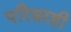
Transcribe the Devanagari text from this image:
परिसरही